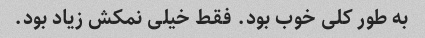
به طور کلی خوب بود. فقط خیلی نمکش زیاد بود.